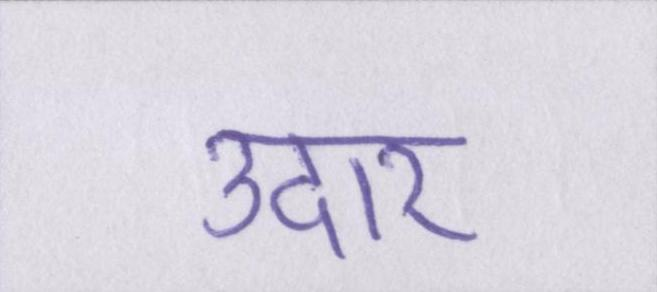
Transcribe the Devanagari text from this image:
उदार